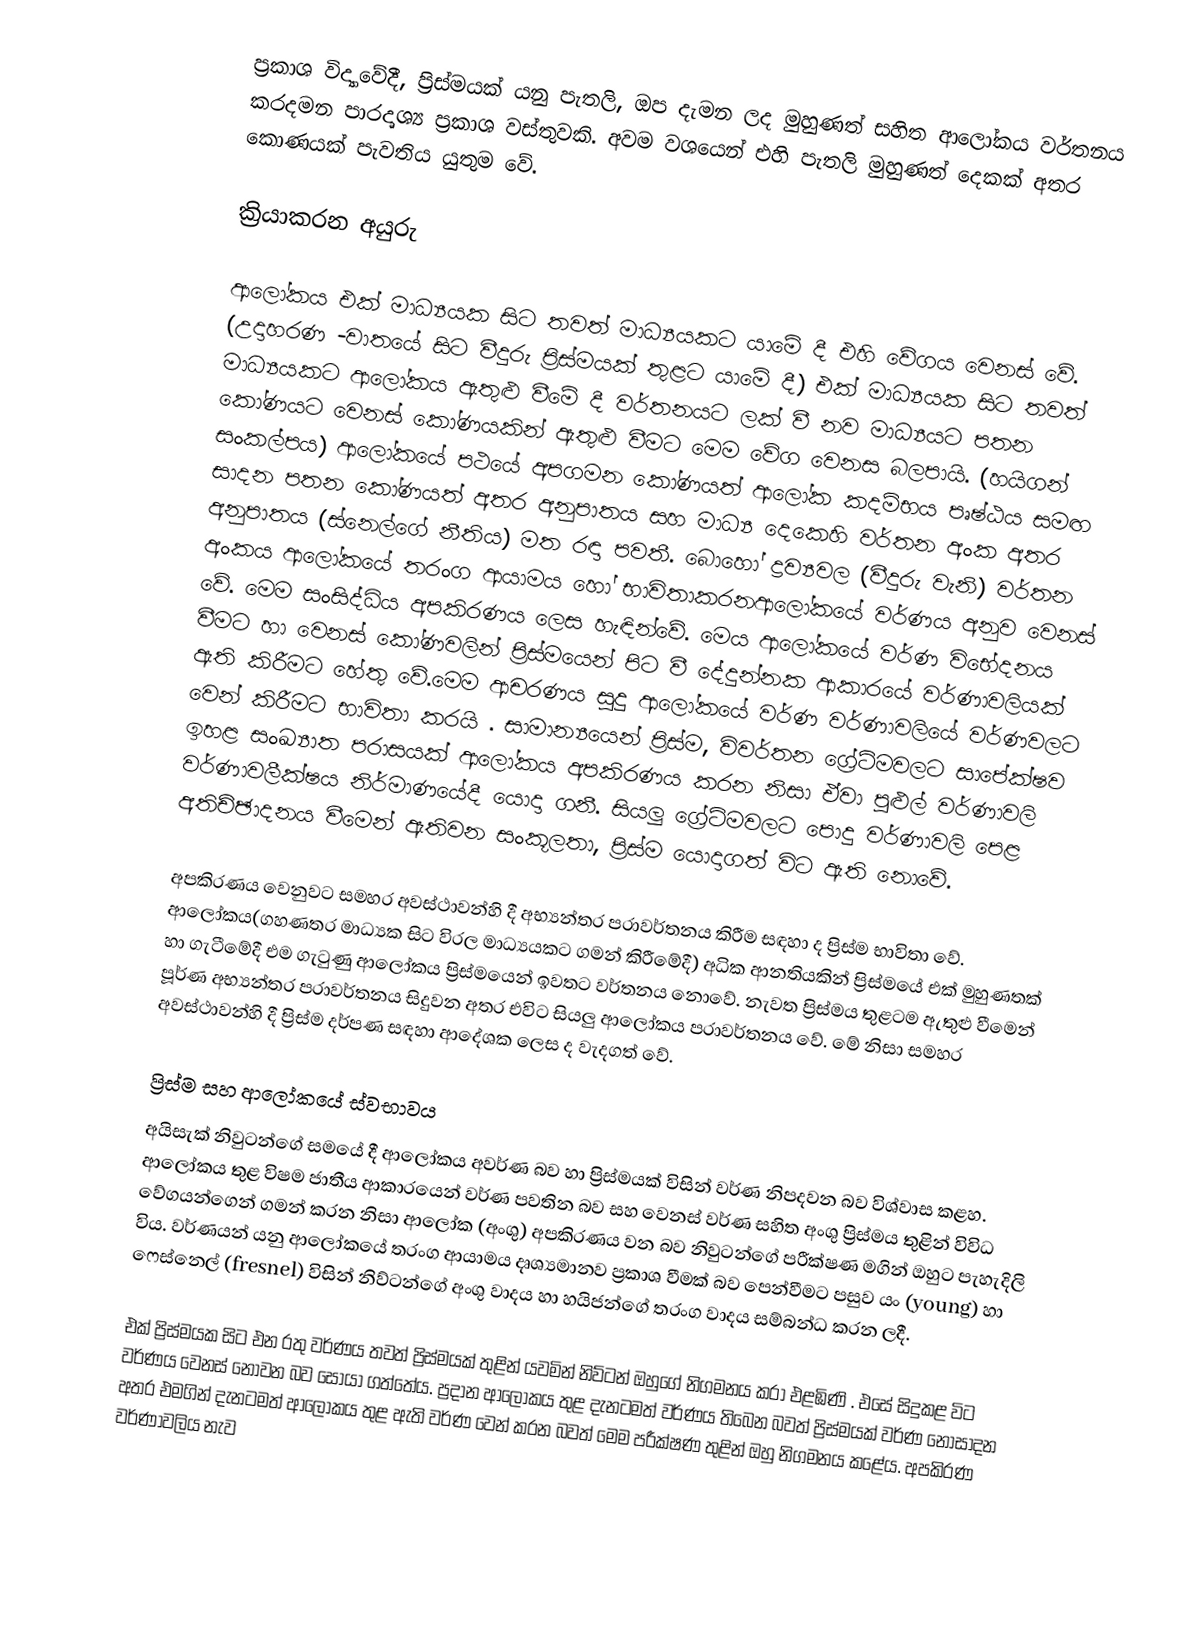
ප්‍රකාශ විද්‍යාවේදී, ප්‍රිස්මයක් යනු පැතලි, ඔප දැමන ලද මුහුණත් සහිත ආලෝකය වර්තනය කරදමන පාරදෘශ්‍ය ප්‍රකාශ වස්තුවකි. අවම වශයෙන් එහි පැතලි මුහුණත් දෙකක් අතර කොණයක් පැවතිය යුතුම වේ.

ක්‍රියාකරන අයුරු

ආලෝකය එක් මාධ්‍යයක සිට තවත් මාධ්‍යයකට යාමේ දී එහි වේගය වෙනස් වේ. (උදාහරණ -වාතයේ සිට වීදුරු ප්‍රිස්මයක් තුළට යාමේ දී) එක් මාධ්‍යයක සිට තවත් මාධ්‍යයකට ආලෝකය ඇතුළු වීමේ දී වර්තනයට ලක් වී නව මාධ්‍යයට පතන කෝණයට වෙනස් කෝණයකින් ඇතුළු වීමට මෙම වේග වෙනස බලපායි. (හයිගන් සංකල්පය) ආලෝකයේ පථයේ අපගමන කෝණයත් ආලෝක කදම්භය පෘෂ්ඨය සමඟ සාදන පතන කෝණයත් අතර අනුපාතය සහ මාධ්‍ය දෙකෙහි වර්තන අංක අතර අනුපාතය (ස්නෙල්ගේ නීතිය) මත රඳා පවතී. බොහෝ ද්‍රව්‍යවල (වීදුරු වැනි) වර්තන අංකය ආලෝකයේ තරංග ආයාමය හෝ භාවිතාකරනආලෝකයේ වර්ණය අනුව වෙනස් වේ. මෙම සංසිද්ධිය අපකිරණය ලෙස හැඳින්වේ. මෙය ආලෝකයේ වර්ණ වි‍භේදනය වීමට හා වෙනස් කෝණවලින් ප්‍රිස්මයෙන් පිට වී දේදුන්නක ආකාරයේ වර්ණාවලියක් ඇති කිරීමට හේතු වේ.මෙම ආචරණය සුදු ආලෝකයේ වර්ණ වර්ණාවලියේ වර්ණවලට වෙන් කිරීමට භාවිතා කරයි . සාමාන්‍යයෙන් ප්‍රිස්ම, විවර්තන ග්‍රේටිමවලට සාපේක්ෂව ඉහළ සංඛ්‍යාත පරාසයක් ආලෝකය අපකිරණය කරන නිසා ඒවා පුළුල් වර්ණාවලි වර්ණාවලීක්ෂය නිර්මාණයේදී යොදා ගනී. සියලු ග්‍රේටිමවලට පොදු වර්ණාවලි පෙළ අතිච්ඡාදනය වීමෙන් ඇතිවන සංකූලතා, ප්‍රිස්ම යොදාගත් විට ඇති නොවේ.

අපකිරණය වෙනුවට සමහර අවස්ථාවන්හි දී අභ්‍යන්තර පරාවර්තනය කිරීම සඳහා ද ප්‍රිස්ම භාවිතා වේ. ආලෝකය(ගහණතර මාධ්‍යක සිට විරල මාධ්‍යයකට ගමන් කිරීමේදී) අධික ආනතියකින් ප්‍රිස්මයේ එක් මුහුණතක් හා ගැටීමේදී එම ගැටුණු ආලෝකය ප්‍රිස්මයෙන් ඉවතට වර්තනය නොවේ. නැවත ප්‍රිස්මය තුළටම ඇතුළු වීමෙන් පූර්ණ අභ්‍යන්තර පරාවර්තනය සිදුවන අතර එවිට සියලු ආ‍ලෝකය පරාවර්තනය වේ. මේ නිසා සමහර අවස්ථාවන්හි දී ප්‍රිස්ම දර්පණ සඳහා ආදේශක ලෙස ද වැදගත් වේ.

ප්‍රිස්ම සහ ආලෝකයේ ස්වභාවය
අයිසැක් නිවුටන්ගේ සමයේ දී  ආලෝකය අවර්ණ බව හා ප්‍රිස්මයක් විසින් වර්ණ නිපදවන බව විශ්වාස කළහ. ආලෝකය තුළ විෂම ජාතීය ආකාරයෙන් වර්ණ පවතින බව සහ වෙනස් වර්ණ සහිත අංශු ප්‍රිස්මය තුළින් විවිධ වේගයන්ගෙන් ගමන් කරන නිසා ආලෝක (අංශු) අපකිරණය වන බව නිවුටන්ගේ පරීක්ෂණ මගින් ඔහුට පැහැදිලි විය. වර්ණයන් යනු ආලෝකයේ තරංග ආයාමය දෘශ්‍යමානව ප්‍රකාශ වීමක් බව පෙන්වීමට පසුව යං (young)  හා ෆෙස්නෙල් (fresnel)  විසින් නිව්ටන්ගේ අංශු වාදය හා හයිජන්ගේ  තරංග වාදය සම්බන්ධ කරන ලදී.

එක් ප්‍රිස්මයක සිට එන රතු වර්ණය තවත් ප්‍රිස්මයක් තුළින් යවමින් නිව්ටන් ඔහුගේ නිගමනය කරා එළඹිණි . එසේ සිදුකළ විට වර්ණය වෙනස් නොවන බව සොයා ගත්තේය. ප්‍රදාන ආලෝකය තුළ දැනටමත් වර්ණය තිබෙන බවත් ප්‍රිස්මයක් වර්ණ නොසාදන අතර එමගින් දැනටමත් ආලෝකය තුළ ඇති වර්ණ වෙන් කරන බවත් මෙම පරීක්ෂණ තුළින් ඔහු නිගමනය කළේය. අපකිරණ වර්ණාවලිය නැව